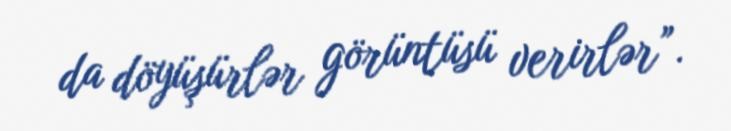
da döyüşürlər görüntüsü verirlər”.